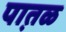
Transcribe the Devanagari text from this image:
पात़ळ